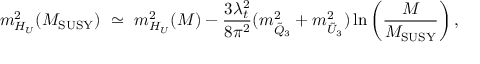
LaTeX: m _ { H _ { U } } ^ { 2 } ( M _ { \mathrm { S U S Y } } ) \ \simeq \ m _ { H _ { U } } ^ { 2 } ( M ) - { \frac { 3 \lambda _ { t } ^ { 2 } } { 8 \pi ^ { 2 } } } ( m _ { { \tilde { Q } } _ { 3 } } ^ { 2 } + m _ { { \tilde { U } } _ { 3 } } ^ { 2 } ) \ln \left( { \frac { M } { M _ { \mathrm { S U S Y } } } } \right) ,